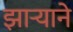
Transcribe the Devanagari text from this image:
झाऱ्याने